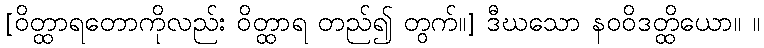
[ဝိတ္ထာရတောကိုလည်း ဝိတ္ထာရ တည်၍ တွက်။] ဒီဃသော နဝဝိဒတ္ထိယော။ ။